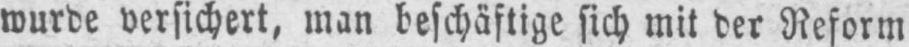
wurde versichert, man beschäftige sich mit der Reform